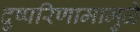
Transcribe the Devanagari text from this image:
दुष्परिणामामुळे